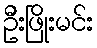
ဦးဖြိုးမင်း